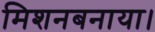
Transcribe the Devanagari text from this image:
मिशनबनाया।